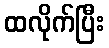
ထလိုက်ပြီး